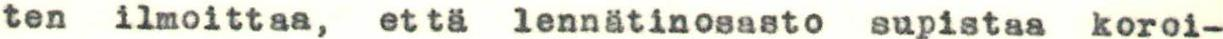
ten ilmoittaa, että lennätinosasto supistaa koroi-